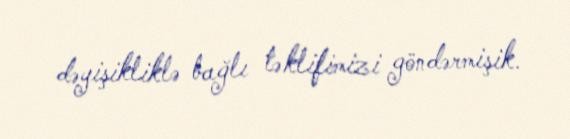
dəyişikliklə bağlı təklifimizi göndərmişik.